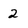
Character: 2